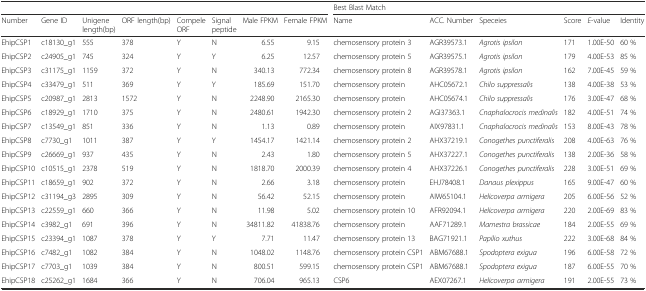
<table><thead><tr><td colspan="8"></td><td colspan="6"><b>Best Blast Match</b></td></tr><tr><td><b>Number</b></td><td><b>Gene ID</b></td><td><b>Unigene length(bp)</b></td><td><b>ORF length(bp)</b></td><td><b>Compele ORF</b></td><td><b>Signal peptide</b></td><td><b>Male FPKM</b></td><td><b>Female FPKM</b></td><td><b>Name</b></td><td><b>ACC. Number</b></td><td><b>Speceies</b></td><td><b>Score</b></td><td><b><i>E</i>-value</b></td><td><b>Identity</b></td></tr></thead><tbody><tr><td>EhipCSP1</td><td>c18130_g1</td><td>555</td><td>378</td><td>Y</td><td>N</td><td>6.55</td><td>9.15</td><td>chemosensory protein 3</td><td>AGR39573.1</td><td><i>Agrotis ipsilon</i></td><td>171</td><td>1.00E-50</td><td>60 %</td></tr><tr><td>EhipCSP2</td><td>c24905_g1</td><td>745</td><td>324</td><td>Y</td><td>Y</td><td>6.25</td><td>12.57</td><td>chemosensory protein 5</td><td>AGR39575.1</td><td><i>Agrotis ipsilon</i></td><td>179</td><td>4.00E-53</td><td>85 %</td></tr><tr><td>EhipCSP3</td><td>c31175_g1</td><td>1159</td><td>372</td><td>Y</td><td>N</td><td>340.13</td><td>772.34</td><td>chemosensory protein 8</td><td>AGR39578.1</td><td><i>Agrotis ipsilon</i></td><td>162</td><td>7.00E-45</td><td>59 %</td></tr><tr><td>EhipCSP4</td><td>c33479_g1</td><td>511</td><td>369</td><td>Y</td><td>Y</td><td>185.69</td><td>151.70</td><td>chemosensory protein</td><td>AHC05672.1</td><td><i>Chilo suppressalis</i></td><td>138</td><td>4.00E-38</td><td>53 %</td></tr><tr><td>EhipCSP5</td><td>c20987_g1</td><td>2813</td><td>1572</td><td>Y</td><td>N</td><td>2248.90</td><td>2165.30</td><td>chemosensory protein</td><td>AHC05674.1</td><td><i>Chilo suppressalis</i></td><td>176</td><td>3.00E-47</td><td>68 %</td></tr><tr><td>EhipCSP6</td><td>c18929_g1</td><td>1710</td><td>375</td><td>Y</td><td>N</td><td>2480.61</td><td>1942.30</td><td>chemosensory protein 2</td><td>AGI37363.1</td><td><i>Cnaphalocrocis medinalis</i></td><td>182</td><td>4.00E-51</td><td>74 %</td></tr><tr><td>EhipCSP7</td><td>c13549_g1</td><td>851</td><td>336</td><td>Y</td><td>N</td><td>1.13</td><td>0.89</td><td>chemosensory protein</td><td>AIX97831.1</td><td><i>Cnaphalocrocis medinalis</i></td><td>153</td><td>8.00E-43</td><td>78 %</td></tr><tr><td>EhipCSP8</td><td>c7730_g1</td><td>1011</td><td>387</td><td>Y</td><td>Y</td><td>1454.17</td><td>1421.14</td><td>chemosensory protein 2</td><td>AHX37219.1</td><td><i>Conogethes punctiferalis</i></td><td>208</td><td>4.00E-63</td><td>76 %</td></tr><tr><td>EhipCSP9</td><td>c26669_g1</td><td>937</td><td>435</td><td>Y</td><td>N</td><td>2.43</td><td>1.80</td><td>chemosensory protein 5</td><td>AHX37227.1</td><td><i>Conogethes punctiferalis</i></td><td>138</td><td>2.00E-36</td><td>58 %</td></tr><tr><td>EhipCSP10</td><td>c10515_g1</td><td>2378</td><td>519</td><td>Y</td><td>N</td><td>1818.70</td><td>2000.39</td><td>chemosensory protein 4</td><td>AHX37226.1</td><td><i>Conogethes punctiferalis</i></td><td>228</td><td>3.00E-51</td><td>69 %</td></tr><tr><td>EhipCSP11</td><td>c18659_g1</td><td>902</td><td>372</td><td>Y</td><td>N</td><td>2.66</td><td>3.18</td><td>chemosensory protein</td><td>EHJ78408.1</td><td><i>Danaus plexippus</i></td><td>165</td><td>9.00E-47</td><td>60 %</td></tr><tr><td>EhipCSP12</td><td>c31194_g3</td><td>2895</td><td>309</td><td>Y</td><td>N</td><td>56.42</td><td>52.15</td><td>chemosensory protein</td><td>AIW65104.1</td><td><i>Helicoverpa armigera</i></td><td>205</td><td>6.00E-56</td><td>52 %</td></tr><tr><td>EhipCSP13</td><td>c22559_g1</td><td>660</td><td>366</td><td>Y</td><td>N</td><td>11.98</td><td>5.02</td><td>chemosensory protein 10</td><td>AFR92094.1</td><td><i>Helicoverpa armigera</i></td><td>220</td><td>2.00E-69</td><td>83 %</td></tr><tr><td>EhipCSP14</td><td>c3982_g1</td><td>691</td><td>396</td><td>Y</td><td>N</td><td>34811.82</td><td>41838.76</td><td>chemosensory protein</td><td>AAF71289.1</td><td><i>Mamestra brassicae</i></td><td>184</td><td>2.00E-55</td><td>69 %</td></tr><tr><td>EhipCSP15</td><td>c23394_g1</td><td>1087</td><td>378</td><td>Y</td><td>Y</td><td>7.71</td><td>11.47</td><td>chemosensory protein 13</td><td>BAG71921.1</td><td><i>Papilio xuthus</i></td><td>222</td><td>3.00E-68</td><td>84 %</td></tr><tr><td>EhipCSP16</td><td>c7482_g1</td><td>1082</td><td>384</td><td>Y</td><td>N</td><td>1048.02</td><td>1148.76</td><td>chemosensory protein CSP1</td><td>ABM67688.1</td><td><i>Spodoptera exigua</i></td><td>196</td><td>6.00E-58</td><td>72 %</td></tr><tr><td>EhipCSP17</td><td>c7703_g1</td><td>1039</td><td>384</td><td>Y</td><td>N</td><td>800.51</td><td>599.15</td><td>chemosensory protein CSP1</td><td>ABM67688.1</td><td><i>Spodoptera exigua</i></td><td>187</td><td>6.00E-55</td><td>70 %</td></tr><tr><td>EhipCSP18</td><td>c25262_g1</td><td>1684</td><td>366</td><td>Y</td><td>N</td><td>706.04</td><td>965.13</td><td>CSP6</td><td>AEX07267.1</td><td><i>Helicoverpa armigera</i></td><td>191</td><td>2.00E-55</td><td>73 %</td></tr></tbody></table>